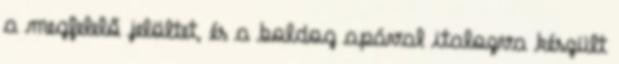
a megfelelő jelöltet, és a boldog apával italozva készült